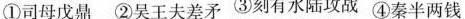
①司母戊鼎 ②吴王夫差矛 ③刻有水陆攻战 ④秦半两钱